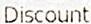
DISCOUNT